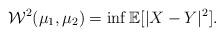
LaTeX: \begin{align*}\mathcal{W}^2(\mu_1,\mu_2) = \inf \mathbb{E}[|X-Y|^2].\end{align*}